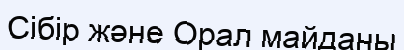
Сібір және Орал майданы